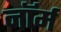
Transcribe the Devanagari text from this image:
नाॅर्म